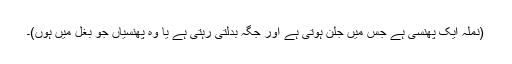
(نملہ ایک پھنسی ہے جس میں جلن ہوتی ہے اور جگہ بدلتی رہتی ہے یا وہ پھنسیاں جو بغل میں ہوں)۔